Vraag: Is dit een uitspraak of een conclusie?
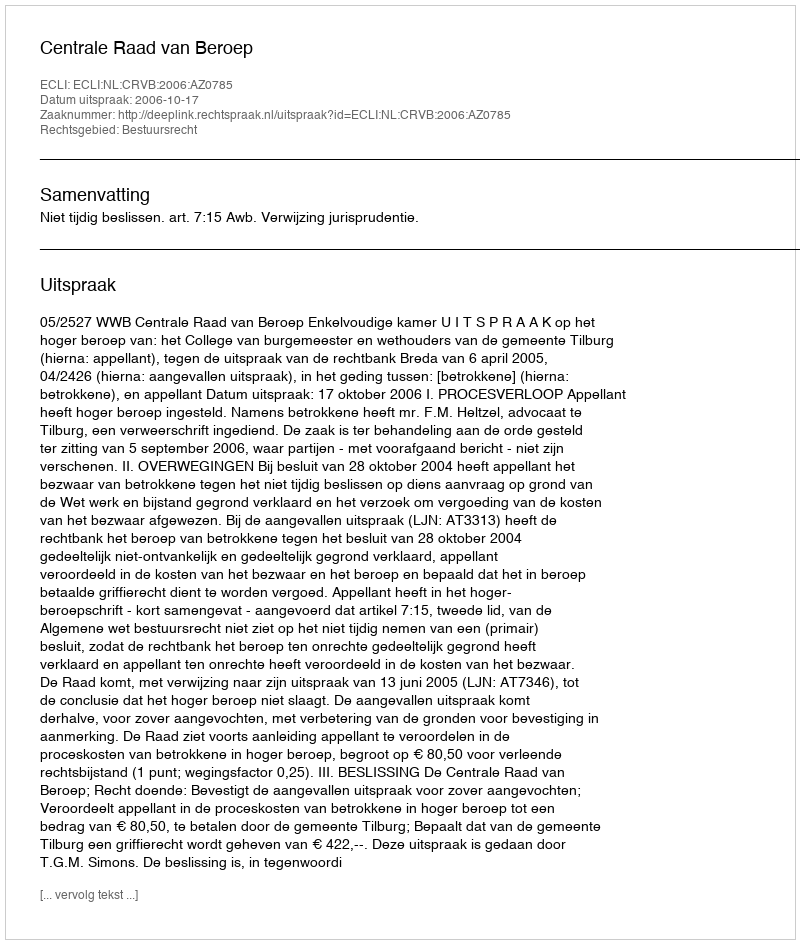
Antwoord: Uitspraak